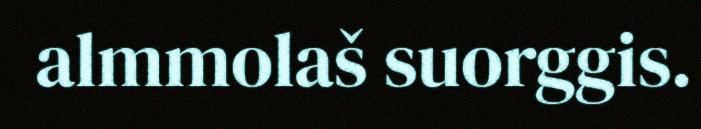
almmolaš suorggis.